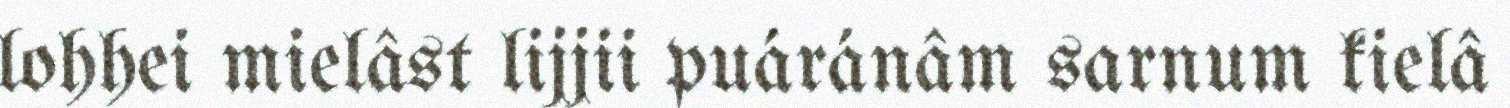
lohhei mielâst lijjii puáránâm sarnum kielâ